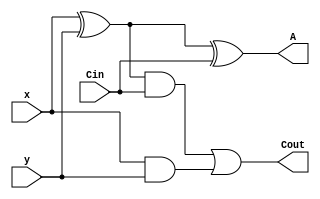
module SomadorCompleto1Bit(x, y, Cin , Cout, A);
input x, y, Cin;
output reg Cout, A;

always @(x, y, Cin) begin

A = (x ^ y) ^ Cin;
Cout = ((x ^ y) & Cin) | (x & y);

end
endmodule